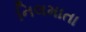
નિલમાતા